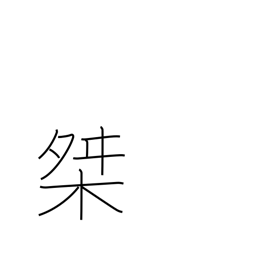
Meaning: measuring box